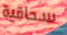
سحاقية